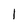
Character: 1